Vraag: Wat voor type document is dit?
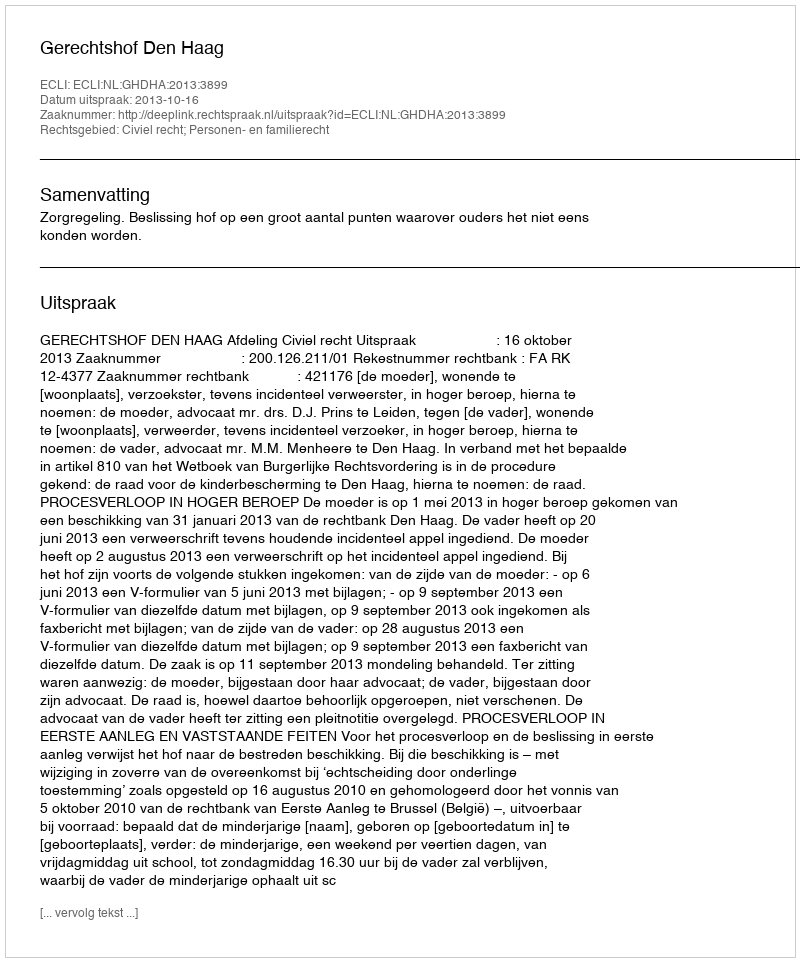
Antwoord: Uitspraak